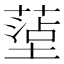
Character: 𫮤